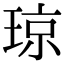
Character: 琼